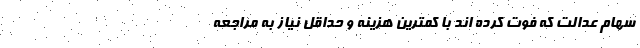
سهام عدالت که فوت کرده اند با کمترین هزینه و حداقل نیاز به مراجعه